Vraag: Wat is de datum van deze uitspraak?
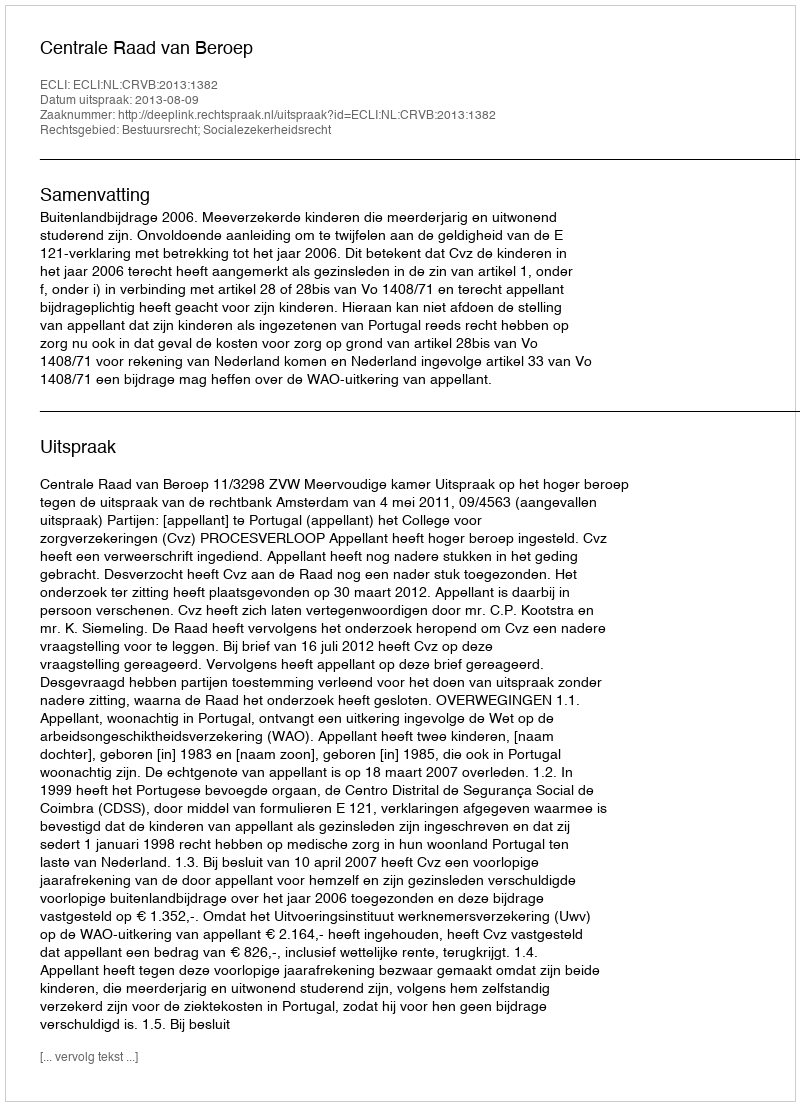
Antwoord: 2013-08-09